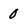
Character: 0